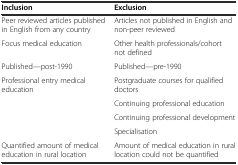
| Inclusion | Exclusion |
 | --- | --- |
 | Peer reviewed articles published in English from any country | Articles not published in English and non-peer reviewed |
 | Focus medical education | Other health professionals/cohort not defined |
 | Published—post-1990 | Published—pre-1990 |
 | <ROWSPAN=4> Professional entry medical education | Postgraduate courses for qualified doctors |
 | Continuing professional education |
 | Continuing professional development |
 | Specialisation |
 | Quantified amount of medical education in rural location | Amount of medical education in rural location could not be quantified |